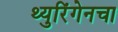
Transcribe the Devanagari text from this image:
थ्युरिंगेनचा